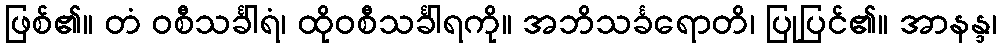
ဖြစ်၏။ တံ ဝစီသင်္ခါရံ၊ ထိုဝစီသင်္ခါရကို။ အဘိသင်္ခရောတိ၊ ပြုပြင်၏။ အာနန္ဒ၊